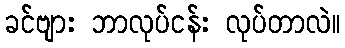
ခင်ဗျား ဘာလုပ်ငန်း လုပ်တာလဲ။